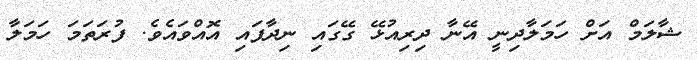
ޝާލަމް އަށް ހަމަލާދިނީ އޭނާ ދިރިއުޅޭ ގޭގައި ނިދާފައި އޮއްވައެވެ. ފުރަތަމަ ހަމަލާ